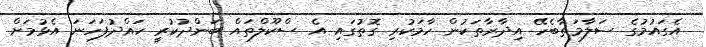
އެގައުމުގެ ސަލާމަތާބެހޭ އިދާރާތަކުން ހާމަކުރި ގޮތުގައި އެ ސްކޫލްތައް ބަންދުކުރީ ހައްދުފަހަނަ އެޅުމަށް